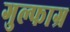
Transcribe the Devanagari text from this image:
गुल्फाग्र